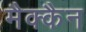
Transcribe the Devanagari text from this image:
मैक्कैन